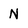
Character: N